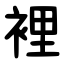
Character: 裡